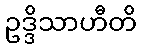
ဥဒ္ဒိသာဟီတိ